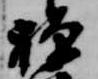
禅